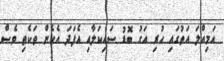
އަމިއްލަ އަތުގައި ހުރި އަގު ބޮޑު ސައިކަލާއި އެފަދަ އެހެން ތަކެތި ވެސް